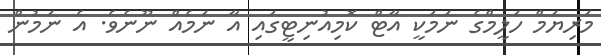
މަރިޔަމް ހަލީމްގެ ނަމަކީ އާޓް ކޮމިއުނިޓީގައި އާ ނަމެއް ނޫނެވެ. އެ ނަމުން